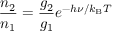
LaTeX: { \frac { n _ { 2 } } { n _ { 1 } } } = { \frac { g _ { 2 } } { g _ { 1 } } } e ^ { - h \nu / k _ { \mathrm { B } } T }